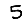
Digit: 5